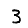
Digit: 3